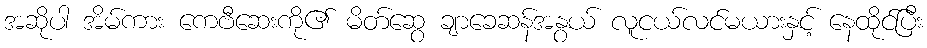
အဆိုပါ အိမ်ကား ကေဗီဆေးကို၏ မိတ်ဆွေ ချာခေဆန်အနွယ် လူငယ်လင်မယားနှင့် နေထိုင်ပြီး